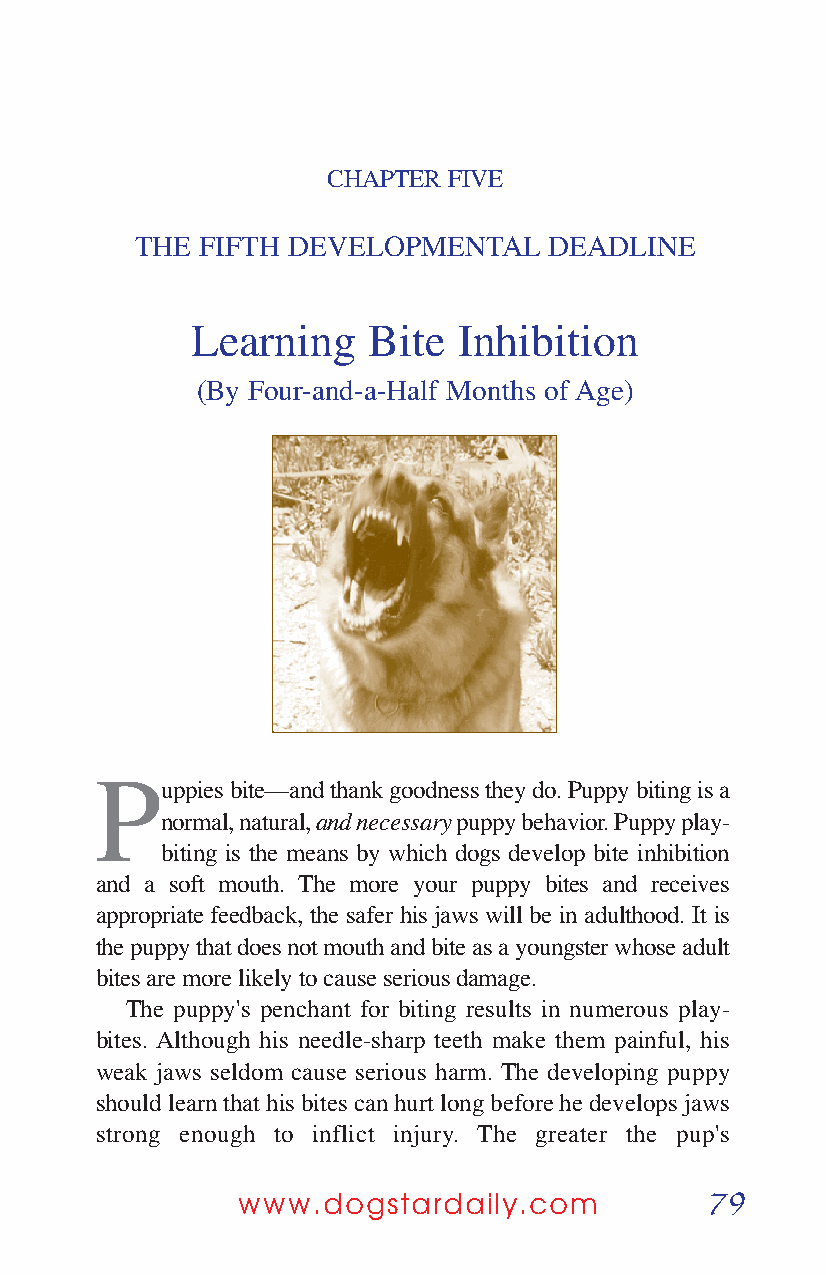
CHAPTER FIVE
 THE FIFTH DEVELOPMENTAL    DEADLINE
 Learning   Bite  Inhibition
 (By Four-and-a-Half Months of Age)
 P
 uppies bite—and thank goodness they do. Puppy biting is a
 normal, natural, and necessarypuppy behavior. Puppy play-
 biting is the means by which dogs develop bite inhibition
 and a soft mouth. The more your puppy bites and receives
 appropriate feedback, the safer his jaws will be in adulthood. It is
 the puppy that does not mouth and bite as a youngster whose adult
 bites are more likely to cause serious damage.
 The puppy's penchant for biting results in numerous play-
 bites. Although his needle-sharp teeth make them painful, his
 weak jaws seldom cause serious harm. The developing puppy
 should learn that his bites can hurt long before he develops jaws
 strong enough to inflict injury. The greater the pup's
 79
 www.dogstardaily.com